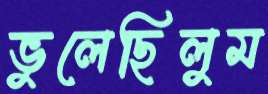
ভুলেছিলুম